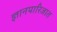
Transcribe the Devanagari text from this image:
ज्ञानपारिजात